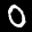
Label: 0